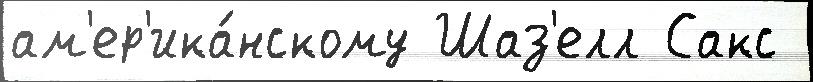
ам'ер'ика́нскому Шаз'елл Сакс